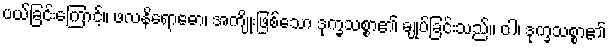
ပယ်ခြင်းကြောင့်။ ဖလနိရောဓော၊ အကျိုးဖြစ်သော ဒုက္ခသစ္စာ၏ ချုပ်ခြင်းသည်။ ဝါ၊ ဒုက္ခသစ္စာ၏